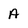
Character: A